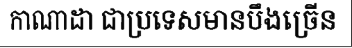
កាណាដា ជាប្រទេសមានបឹងច្រើន